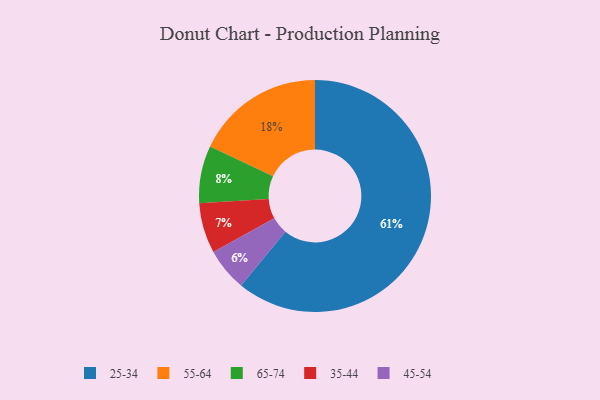
{"axis": {"x": "Category", "y": "Percentage"}, "legend": ["25-34", "35-44", "45-54", "55-64", "65-74"], "data": [{"x": "25-34", "y": 61, "type": "25-34"}, {"x": "55-64", "y": 18, "type": "55-64"}, {"x": "45-54", "y": 6, "type": "45-54"}, {"x": "65-74", "y": 8, "type": "65-74"}, {"x": "35-44", "y": 7, "type": "35-44"}]}